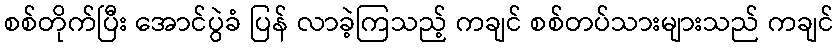
စစ်တိုက်ပြီး အောင်ပွဲခံ ပြန် လာခဲ့ကြသည့် ကချင် စစ်တပ်သားများသည် ကချင်